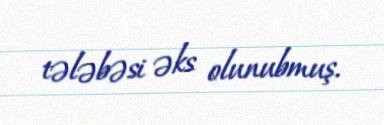
tələbəsi əks olunubmuş.